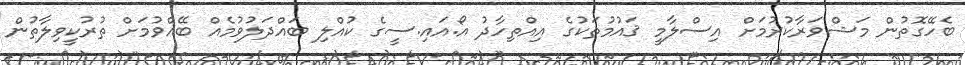
ބެހޭގޮތުން މަޝްވަރާކުރުމަށް އިސްލާމީ ޤައުމުތަކުގެ އިއްތިހާދު އޯ.އައި.ސީގެ ކުއްލި ބައްދަލުވުމެއް ބޭއްވުމަށް ތުރުކީވިލާތުން